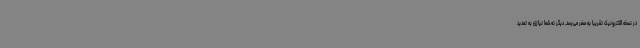
در نسخه الکترونیک تقریباً به صفر می‌رسد. دیگر نه شما نیازی به تمدید